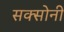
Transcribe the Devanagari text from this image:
सक्सोनी